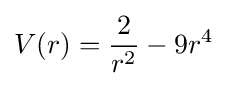
V(r)={\frac {2}{r^{2}}}-9r^{4}